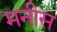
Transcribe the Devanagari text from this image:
मनीस